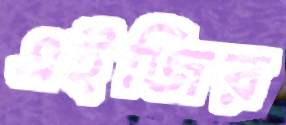
এইজির